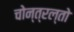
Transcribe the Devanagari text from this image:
चोन्त्रल्तो